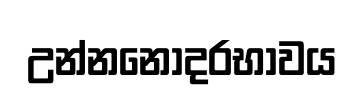
උන්නනෝදරභාවය